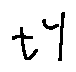
t Y